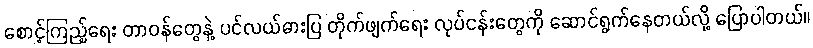
စောင့်ကြည့်ရေး တာဝန်တွေနဲ့ ပင်လယ်ဓားပြ တိုက်ဖျက်ရေး လုပ်ငန်းတွေကို ဆောင်ရွက်နေတယ်လို့ ပြောပါတယ်။